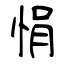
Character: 悁